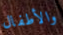
والأطفال